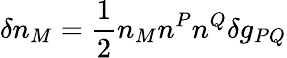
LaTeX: \delta n_{M}=\frac{1}{2}n_{M}n^{P}n^{Q}\delta g_{PQ}